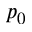
p _ { 0 }